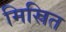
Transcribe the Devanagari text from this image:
मिस्रित